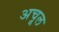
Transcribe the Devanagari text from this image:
अचूल